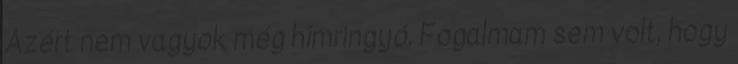
Azért nem vagyok még hímringyó. Fogalmam sem volt, hogy